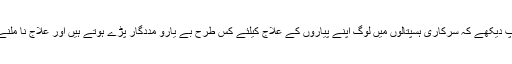
آپ کو اپنی خوش خوراکی اور ہوا خوری سے فرصت ملے تو آپ دیکھے کہ سرکاری ہسپتالوں میں لوگ اپنے پیاروں کے علاج کیلئے کس طرح بے یارو مددگار پڑے ہوتے ہیں اور علاج نا ملنے پر اپنے مریض کی موت کا انتظار بہت تحمل سے کرتے ہیں۔